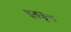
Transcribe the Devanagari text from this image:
इतवृत्त